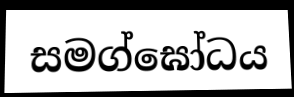
සමග්ඝෝධය